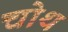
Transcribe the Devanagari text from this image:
चोथ